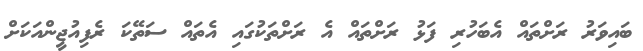
ބައިވަރު ރަށްތައް އެބަހުރި ފަޅު ރަށްތައް އެ ރަށްތަކުގައި އެތައް ސަތޭކަ ރެފިއުޖީންއަކަށް